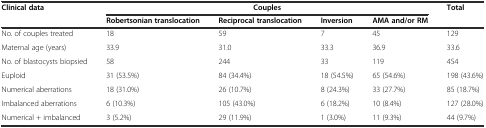
<table><thead><tr><td rowspan="2"><b>Clinical data</b></td><td colspan="4"><b>Couples</b></td><td rowspan="2"><b>Total</b></td></tr><tr><td><b>Robertsonian translocation</b></td><td><b>Reciprocal translocation</b></td><td><b>Inversion</b></td><td><b>AMA and/or RM</b></td></tr></thead><tbody><tr><td>No. of couples treated</td><td>18</td><td>59</td><td>7</td><td>45</td><td>129</td></tr><tr><td>Maternal age (years)</td><td>33.9</td><td>31.0</td><td>33.3</td><td>36.9</td><td>33.6</td></tr><tr><td>No. of blastocysts biopsied</td><td>58</td><td>244</td><td>33</td><td>119</td><td>454</td></tr><tr><td>Euploid</td><td>31 (53.5%)</td><td>84 (34.4%)</td><td>18 (54.5%)</td><td>65 (54.6%)</td><td>198 (43.6%)</td></tr><tr><td>Numerical aberrations</td><td>18 (31.0%)</td><td>26 (10.7%)</td><td>8 (24.3%)</td><td>33 (27.7%)</td><td>85 (18.7%)</td></tr><tr><td>Imbalanced aberrations</td><td>6 (10.3%)</td><td>105 (43.0%)</td><td>6 (18.2%)</td><td>10 (8.4%)</td><td>127 (28.0%)</td></tr><tr><td>Numerical + imbalanced</td><td>3 (5.2%)</td><td>29 (11.9%)</td><td>1 (3.0%)</td><td>11 (9.3%)</td><td>44 (9.7%)</td></tr></tbody></table>